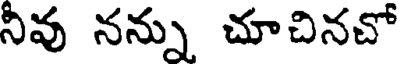
నీవ నన్ను చూచినచో